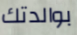
بوالدتك